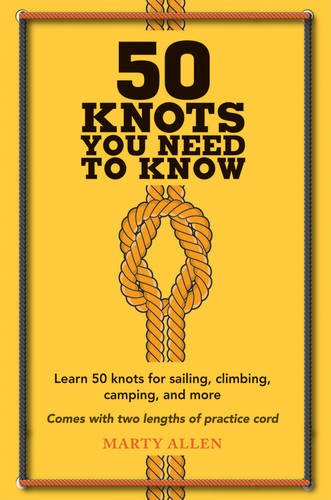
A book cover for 50 Knots You Need to Know: Learn 50 Knots for Sailing, Climbing, Camping and More; Marty Allen; Crafts, Hobbies & Home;